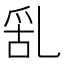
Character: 𠃹